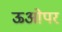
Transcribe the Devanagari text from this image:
ऊओपर